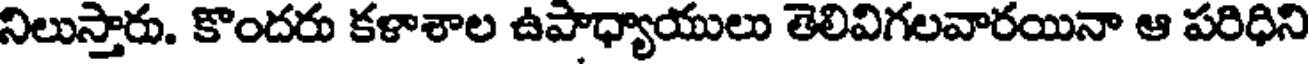
నిలుస్తారు. కొందరు కళాశాల ఉపాధ్యాయులు తెలివిగలవారయినా ఆ పరిధిని